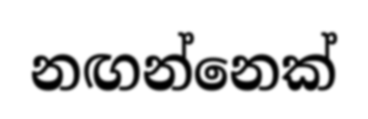
නඟන්නෙක්